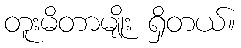
တူးမိတာမျိုး ရှိတယ်။